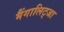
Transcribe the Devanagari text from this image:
मैंगालिट्जा